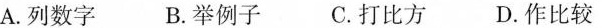
A.列数字B.举例子C.打比方D.作比较